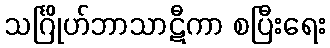
သင်္ဂြိုဟ်ဘာသာဋီကာ စပြီးရေး